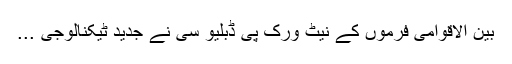
بین الاقوامی فرموں کے نیٹ ورک پی ڈبلیو سی نے جدید ٹیکنالوجی ...